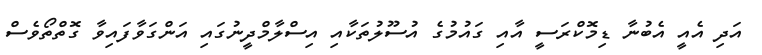
އަދި އެއީ އެބުނާ ޑިމޮކްރަސީ އާއި ގައުމުގެ އުސޫލުތަކާއި އިސްލާމްދީނުގައި އަންގަވާފައިވާ ގޮތްތޯވެސް